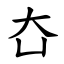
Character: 㚎